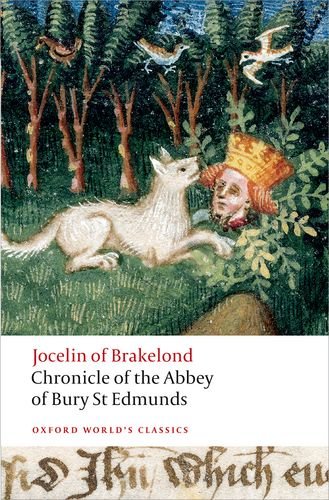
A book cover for Chronicle of the Abbey of Bury St. Edmunds (Oxford World's Classics); Jocelin of Brakelond; Literature & Fiction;